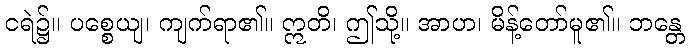
ငရဲ၌။ ပစ္စေယျ၊ ကျက်ရာ၏။ ဣတိ၊ ဤသို့။ အာဟ၊ မိန့်တော်မူ၏။ ဘန္တေ